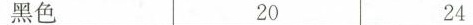
黑色 20 24